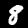
Digit: 8